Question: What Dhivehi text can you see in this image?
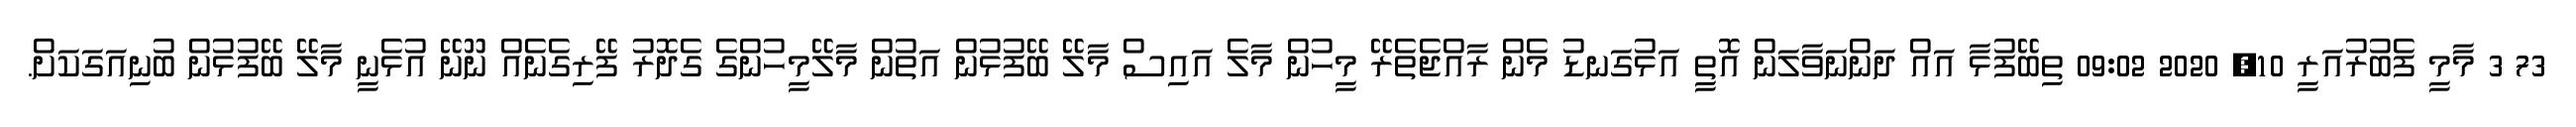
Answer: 73 3 މާމީ ފެބުރުއަރީ 10, 2020 09:02 ތިބޭފުޅާ އައް ދަންނަވާލަން އޮތީ އަޅުގަނޑު މެން ރާއްޖެތެރޭ މީހުން މާލެ އައިސް މާލޭ ބޭފުޅުން އަތުން މާލޭމީހުންގެ ގެދޮރު ފޭރިގެނެއް ނޫނޭ އުޅެނީ މާލޭ ބޭފުޅުން ބުނިއަގަކަށް.